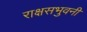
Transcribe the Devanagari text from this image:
राक्षसभुवनी